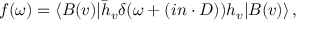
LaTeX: f ( \omega ) = \langle B ( v ) | \bar { h } _ { v } \delta ( \omega + ( i n \cdot D ) ) h _ { v } | B ( v ) \rangle \, ,